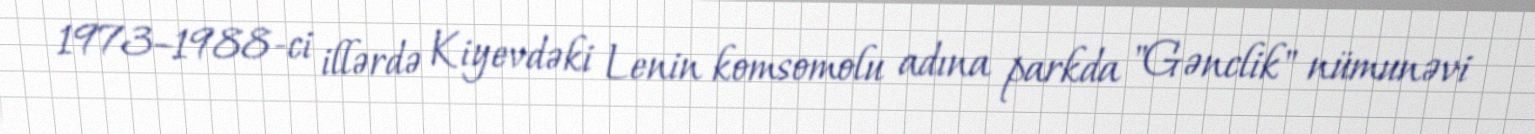
1973–1988-ci illərdə Kiyevdəki Lenin komsomolu adına parkda "Gənclik" nümunəvi